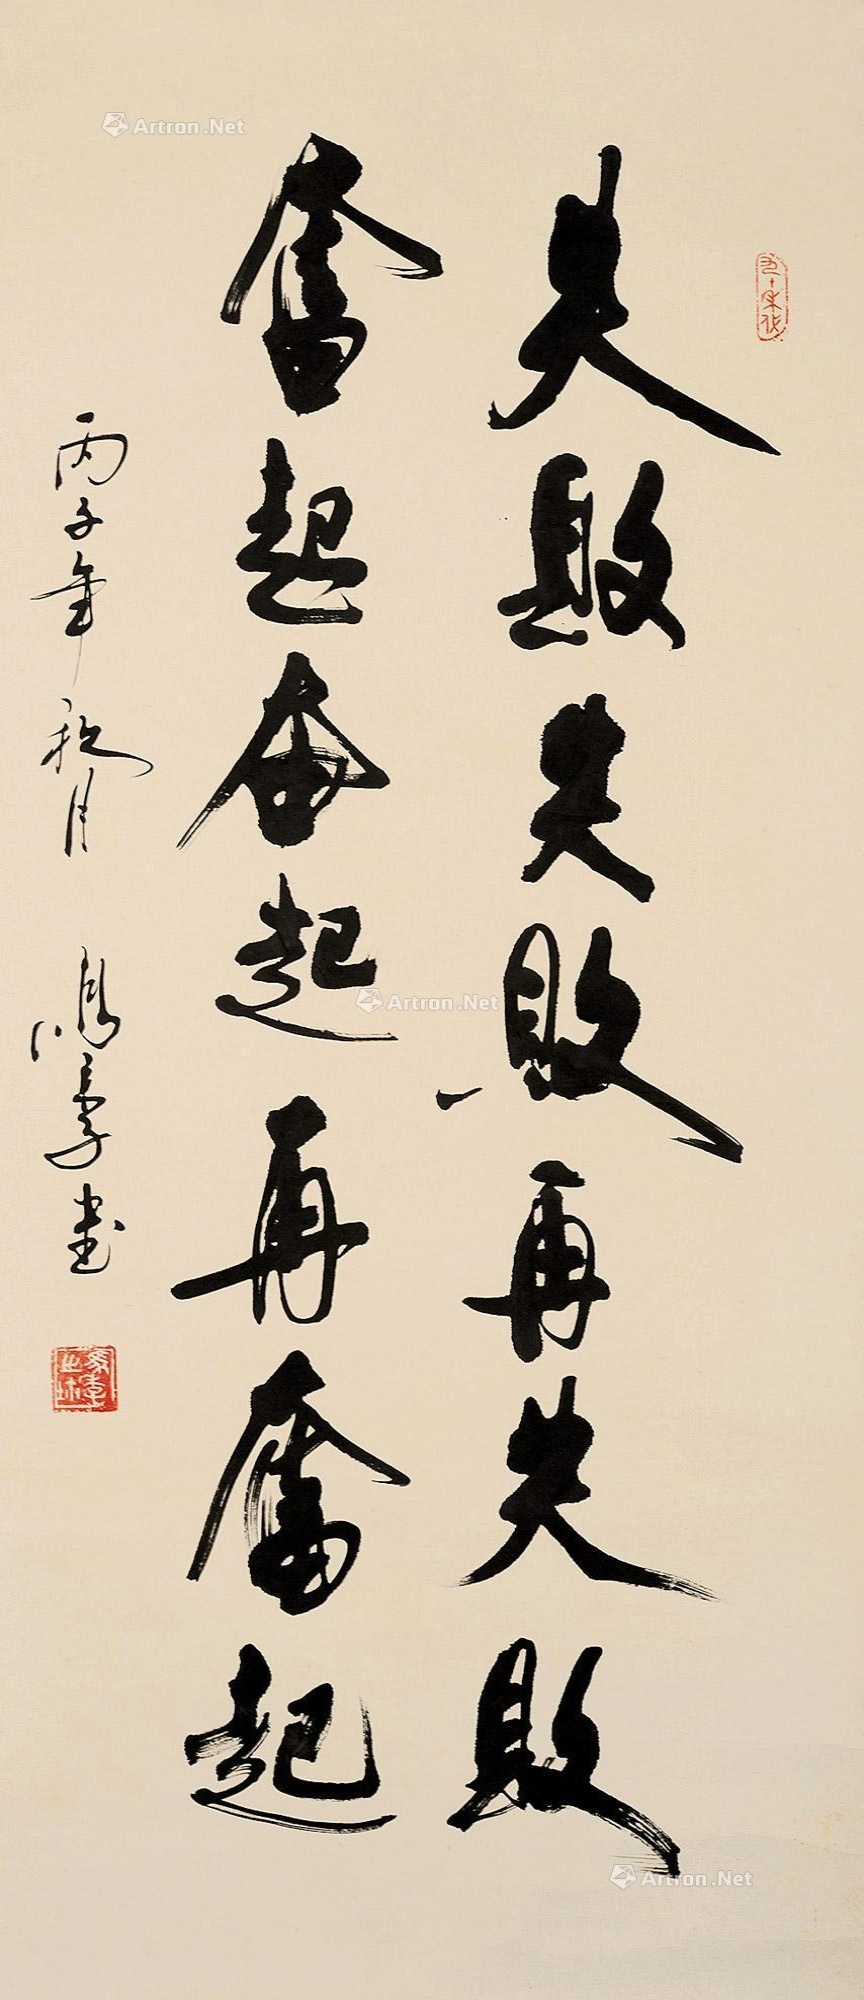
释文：失败失败再失败，奋起奋起再奋起。丙子年秋月马季书。